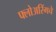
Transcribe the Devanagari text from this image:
फ्लोअरिंगचे